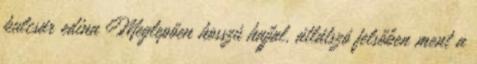
kulcsár edina Meglepően hosszú hajjal, átlátszó felsőben ment a